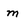
Character: m